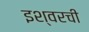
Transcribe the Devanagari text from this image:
इश्वरची